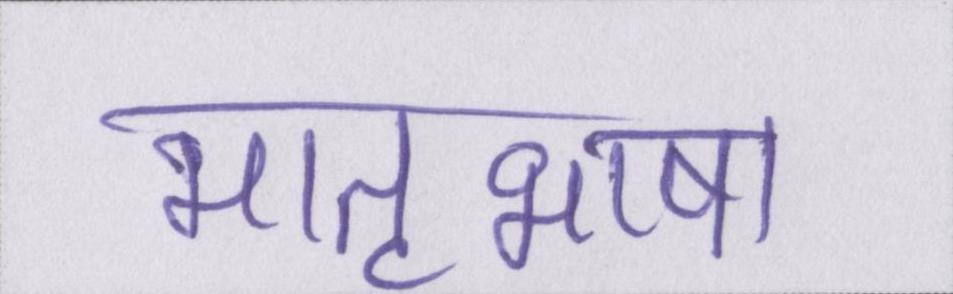
मातृभाषा